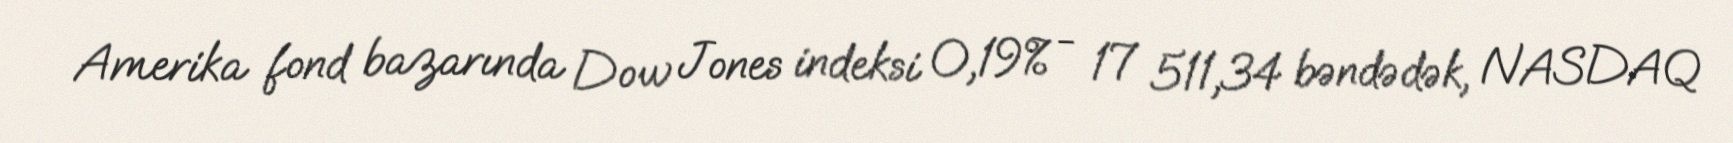
Amerika fond bazarında Dow Jones indeksi 0,19% - 17 511,34 bəndədək, NASDAQ